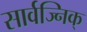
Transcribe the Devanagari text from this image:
सार्वज्निक्